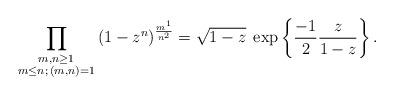
LaTeX: \begin{align*} \prod_{\substack{m,n \geq 1 \\ m \leq n ; \, (m,n)=1}} \left(1-z^n\right)^{\frac{m^1 }{n^2}} = \sqrt{1-z} \; \exp\left\{ \frac{-1}{2}\frac{z}{1-z} \right\}.\end{align*}